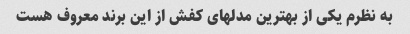
به نظرم یکی از بهترین مدلهای کفش از این برند معروف هست